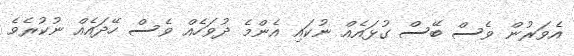
އެވަރުން ވެސް ބޭސް ގުޅައެއް ނުކައި އެންމެ ދުވަހެއް ވެސް ހޭދައެއް ނުކުރެވެ